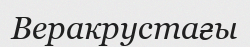
Веракрустағы